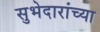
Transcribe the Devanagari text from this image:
सुभेदारांच्या